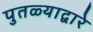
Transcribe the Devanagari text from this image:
पुतळ्याद्वारे